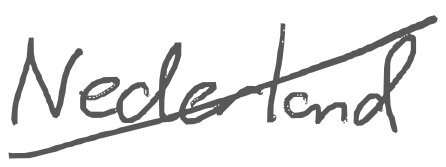
Text: Nederland
Cross-out: diagonal
Writing tool: digital_gray